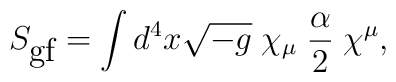
S_{\mbox{gf}} = \int d^4 x\sqrt{-g}\;\chi_{\mu}\;\frac{\alpha}{2}\;\chi^{\mu},